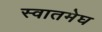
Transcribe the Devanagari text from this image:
स्वातमेघ